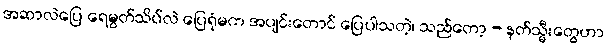
အဆာလဲပြေ ရေမွတ်သိပ်လဲ ပြေရုံမက အပျင်းတောင် ပြေပါသတဲ့၊ သည်တော့ - နတ်သ္မီးတွေဟာ